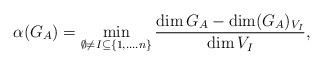
LaTeX: \begin{align*}\alpha(G_A) = \min_{\emptyset\neq I \subseteq \{1,\ldots. n\}} \frac{\dim G_A - \dim (G_A)_{V_I}}{\dim V_I},\end{align*}